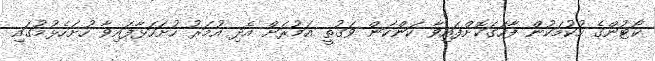
ކޯޓުންގެ ހުކުމަކުން ފާހަގަކޮށްފައިވާ ކަންކަން ވަގުތީ އަމުރަށް އެދި އުމަރު ހުށަހަޅާފައިވާ ހުށަހެޅުމުގައި